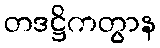
တဒဋ္ဌိကတွာန